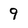
Character: 9